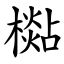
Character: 檆